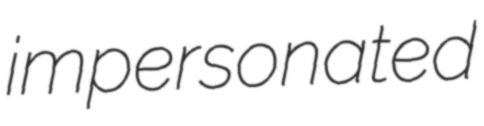
impersonated